Annual report of the Punjab Veterinary College and of the Civil Veterinary Department, Punjab - 1926-1932
Year: 1926
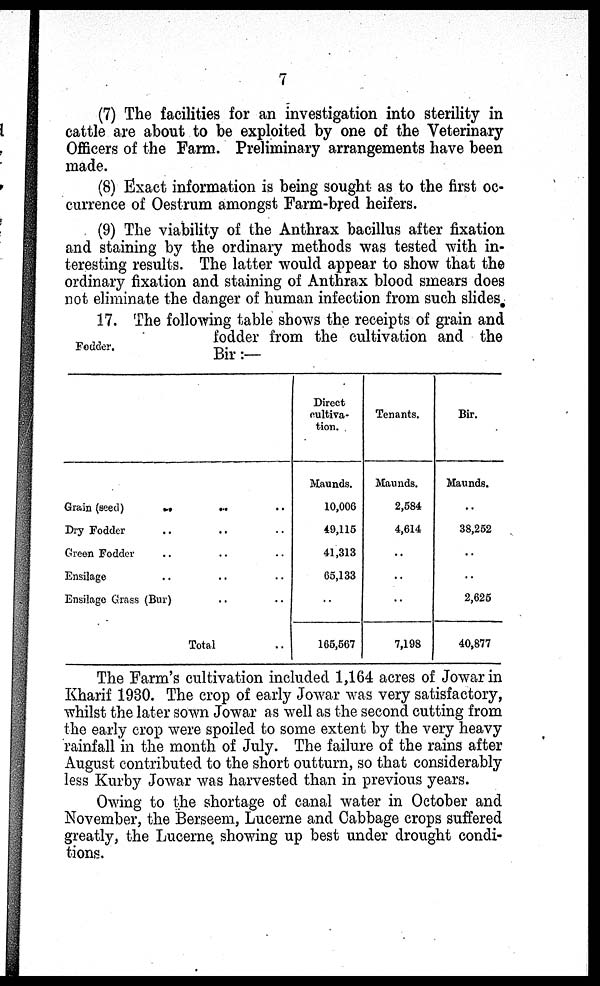
7
(7) The facilities for an investigation into sterility in
cattle are about to be exploited by one of the Veterinary
Officers of the Farm. Preliminary arrangements have been
made.
(8) Exact information is being sought as to the first oc-
currence of Oestrum amongst Farm-bred heifers.
(9) The viability of the Anthrax bacillus after fixation
and staining by the ordinary methods was tested with in-
teresting results. The latter would appear to show that the
ordinary fixation and staining of Anthrax blood smears does
not eliminate the danger of human infection from such slides
Fodder.
17. The following table shows the receipts of grain and
fodder from the cultivation and the
Bir:—
Grain (seed)
..
...
..
Dry Fodder
..
..
..
Green Fodder
..
..
..
Ensilage
..
..
Ensilage Grass
(Bur)..
..
Total
..
Direct
cultiva-
tion.
Maunds.
10,006
49,115
41,313
65,133
..
165,567
Tenants.
Maunds.
2,584
4,614
..
..
..
7,198
Bir.
Maunds.
..
38,252
..
..
2,625
40,877
The Farm's cultivation included 1,164 acres of Jowar in
Kharif 1930. The crop of early Jowar was very satisfactory,
whilst the later sown Jowar as well as the second cutting from
the early crop were spoiled to some extent by the very heavy
rainfall in the month of July. The failure of the rains after
August contributed to the short outturn, so that considerably
less Kurby Jowar was harvested than in previous years.
Owing to the shortage of canal water in October and
November, the Berseem, Lucerne and Cabbage crops suffered
greatly, the Lucerne showing up best under drought condi-
tions.